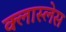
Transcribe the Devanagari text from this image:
क्लास्लेस